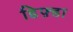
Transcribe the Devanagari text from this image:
डिफ़्डा